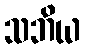
သဘိယ